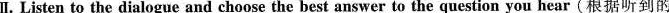
I. Listen to the dialogue and choose the best answer to the question you hear(根据听到的